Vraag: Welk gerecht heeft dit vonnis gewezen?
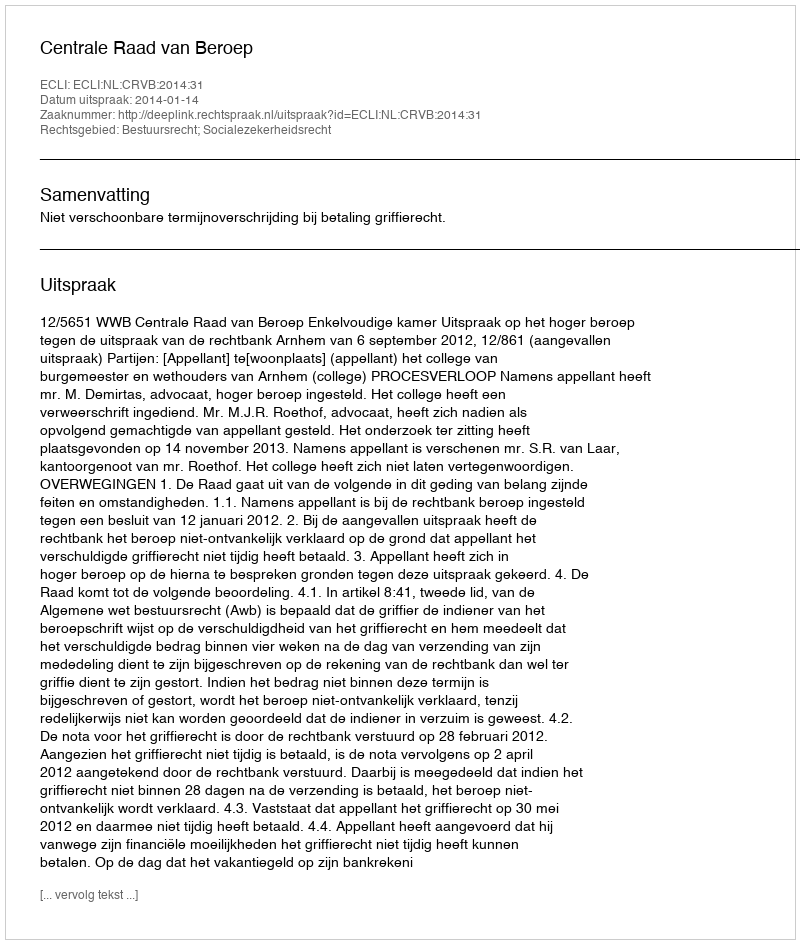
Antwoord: Centrale Raad van Beroep